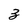
Character: 3